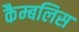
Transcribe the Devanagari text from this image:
कैम्बलिस